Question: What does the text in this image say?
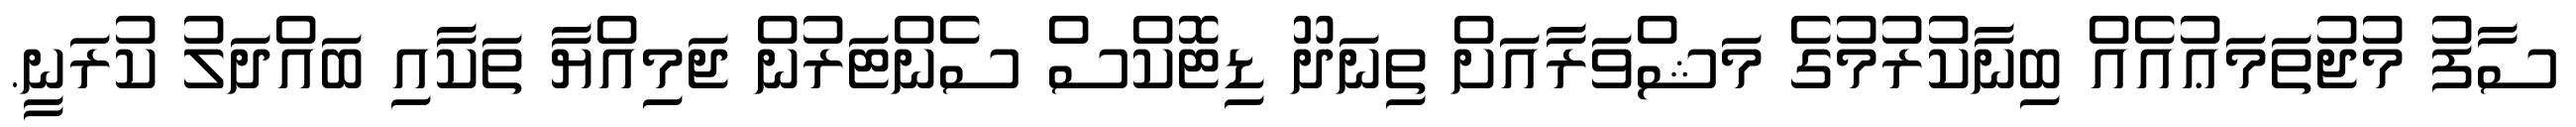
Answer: ސާފު މުޖުތަމަޢުއެއް ބިނާކުރުމުގެ މަޝްވަރާއަށް ތިނަދޫ ޑިޓޮކްސް ސެންޓަރުން ޖަމިއްޔާ ތަކާއި ބައްދަލު ކުރަނީ.